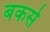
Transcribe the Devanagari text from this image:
बकसे